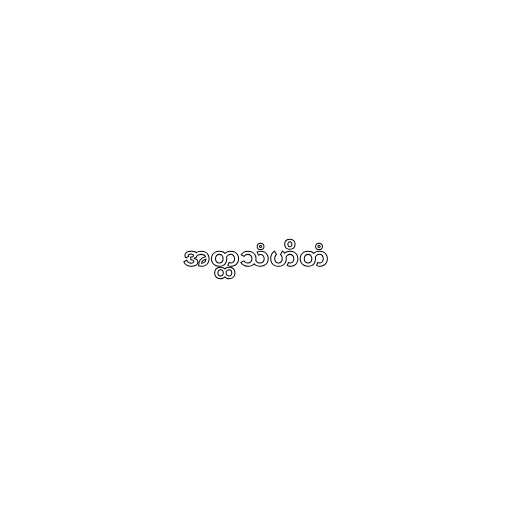
အတ္ထသံဟိတံ